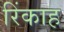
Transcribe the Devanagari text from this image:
रिंकाह